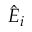
\hat { E } _ { i }